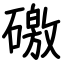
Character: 礉